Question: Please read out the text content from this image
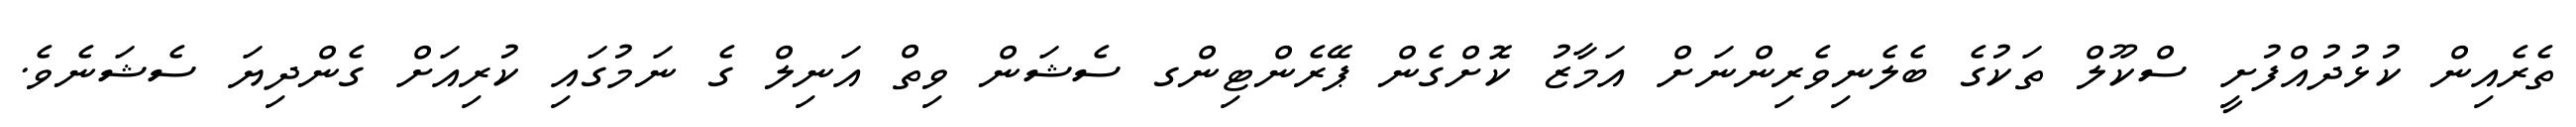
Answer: ތެރެއިން ކުޅުދުއްފުށީ ސްކޫލް ތަކުގެ ބެލެނިވެރިންނަށް އަމާޒު ކޮށްގެން ޕޭރެންޓިންގ ސެޝަން ވިތް އަނިލް ގެ ނަމުގައި ކުރިއަށް ގެންދިޔަ ސެޝަނެވެ.